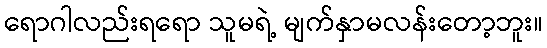
ရောဂါလည်းရရော သူမရဲ့ မျက်နှာမလန်းတော့ဘူး။